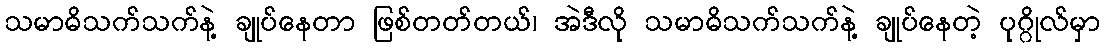
သမာဓိသက်သက်နဲ့ ချုပ်နေတာ ဖြစ်တတ်တယ်၊ အဲဒီလို သမာဓိသက်သက်နဲ့ ချုပ်နေတဲ့ ပုဂ္ဂိုလ်မှာ